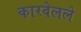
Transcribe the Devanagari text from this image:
कारवेलले